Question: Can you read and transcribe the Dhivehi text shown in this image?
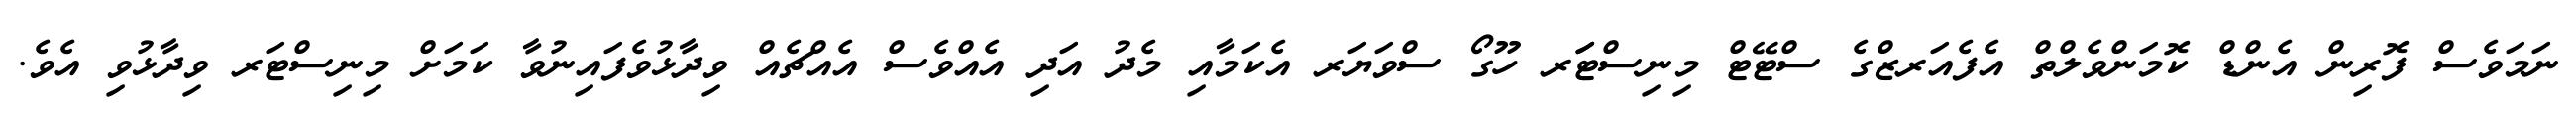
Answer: ނަމަވެސް ފޮރިން އެންޑް ކޮމަންވެލްތް އެފެއަރޒްގެ ސްޓޭޓް މިނިސްޓަަރ ހޫގޯ ސްވަޔަރ އެކަމާއި މެދު އަދި އެއްވެސް އެއްޗެއް ވިދާޅުވެފައިނުވާ ކަމަށް މިނިސްޓަރ ވިދާޅުވި އެވެ.